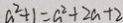
a ^ { 2 } + 1 = a ^ { 2 } + 2 a + 2